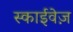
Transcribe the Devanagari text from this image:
स्काईवेज़